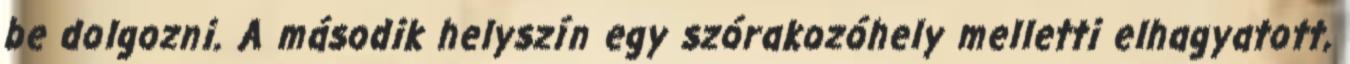
be dolgozni. A második helyszín egy szórakozóhely melletti elhagyatott,